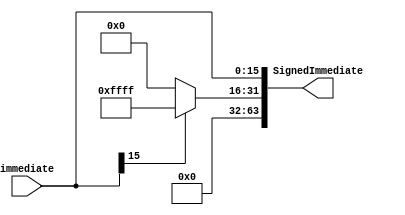
module SignExtension (SignedImmediate, immediate);

// input 
	input [15:0] immediate;

// output 
	output reg [63:0] SignedImmediate;
	
	always @(*) begin
		SignedImmediate [15:0] <= immediate [15:0];
		
		if(immediate[15]==1)
			SignedImmediate [63:16] <= 48'hFFFF;
		else 
			SignedImmediate [63:16] <= 48'h0000;
	end
endmodule